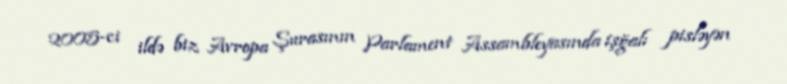
2005-ci ildə biz Avropa Şurasının Parlament Assambleyasında işğalı pisləyən